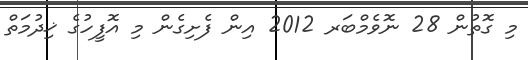
މި ގޮތުން 28 ނޮވެމްބަރ 2012 އިން ފެށިގެން މި އޮފީހުގެ ޚިދުމަތް